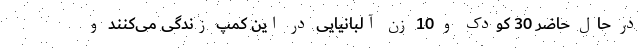
در حال حاضر 30 کودک و 10 زن آلبانیایی در این کمپ زندگی می‌کنند و